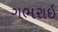
ગભરાઇ